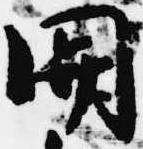
関